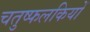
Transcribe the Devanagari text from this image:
चतुष्फलकियों